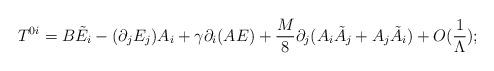
LaTeX: \begin{align*}T^{0i}= B\tilde E_i - (\partial_j E_j) A_i + \gamma\partial_i(AE) + \frac{M}{8} \partial_j(A_i \tilde A_j + A_j \tilde A_i) +O(\frac{1}{\Lambda});\end{align*}